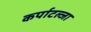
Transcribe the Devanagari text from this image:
कर्पाटल्जा